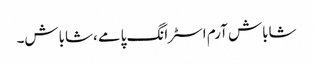
شاباش آرم اسٹرانگ پامے ،شاباش۔